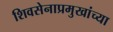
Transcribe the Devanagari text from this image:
शिवसेनाप्रमुखांच्या